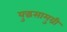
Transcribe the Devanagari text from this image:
युद्धसामुग्री